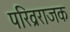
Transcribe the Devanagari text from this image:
परिव्रराजक